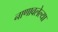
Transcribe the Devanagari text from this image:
नाणावलेल्या